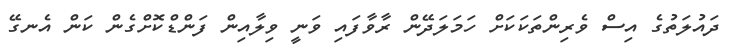
ދައުލަތުގެ އިސް ވެރިންތަކަކަށް ހަމަލަދޭން ރާވާފައި ވަނީ ވިލާއިން ފަންޑްކޮށްގެން ކަން އެނގޭ